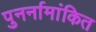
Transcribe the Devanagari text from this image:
पुनर्नामांकित